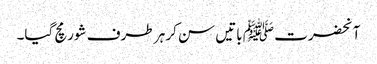
آنحضرت ﷺ باتیں سن کر ہر طرف شور مچ گیا۔